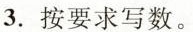
3.按要求写数。